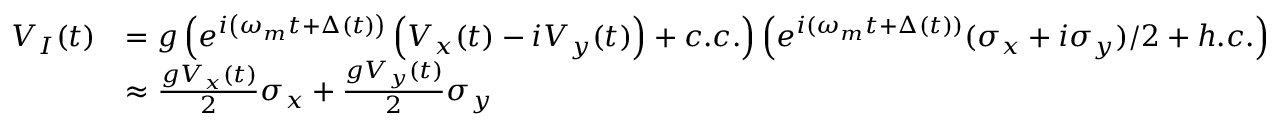
\begin{array} { r l } { V _ { I } ( t ) } & { = g \left( e ^ { i \left( \omega _ { m } t + \Delta ( t ) \right) } \left( V _ { x } ( t ) - i V _ { y } ( t ) \right) + c . c . \right) \left( e ^ { i ( \omega _ { m } t + \Delta ( t ) ) } ( \sigma _ { x } + i \sigma _ { y } ) / 2 + h . c . \right) } \\ & { \approx \frac { g V _ { x } ( t ) } { 2 } \sigma _ { x } + \frac { g V _ { y } ( t ) } { 2 } \sigma _ { y } } \end{array}